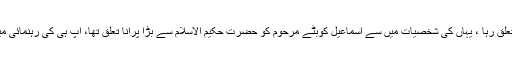
یہاں کے باشندگان کو علمائے دین سے ایک گونہ تعلق رہا ، یہاں کی شخصیات میں سے اسماعیل کوبٹے مرحوم کو حضرت حکیم الاسلام سے بڑا پرانا تعلق تھا، آپ ہی کی رہنمائی میں آپ نے ہبلی میں انجمن درس قرآن قائم کی تھی ۔